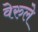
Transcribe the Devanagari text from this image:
वेरुले